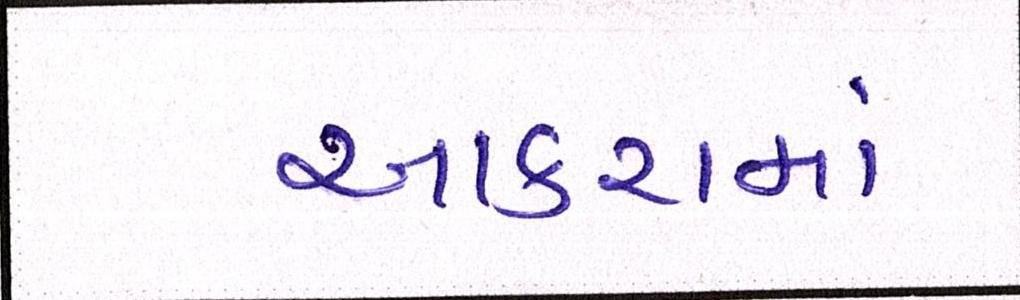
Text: આકરામાં